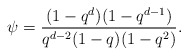
\begin{align*}\psi = \frac{(1-q^d)(1-q^{d-1})}{q^{d-2}(1-q)(1-q^2)}.\end{align*}